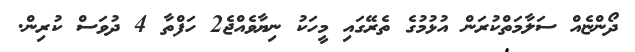
ދޯންޏެއް ސަލާމަތްކުރަން އުޅުމުގެ ތެރޭގައި މީހަކު ނިޔާވެއްޖެ2 ހަފްތާ 4 ދުވަސް ކުރިން.